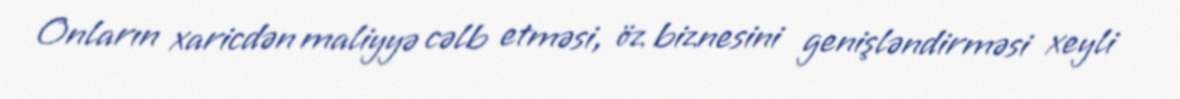
Onların xaricdən maliyyə cəlb etməsi, öz biznesini genişləndirməsi xeyli